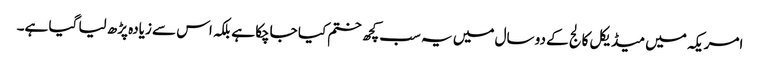
امریکہ میں میڈیکل کالج کے دو سال میں یہ سب کچھ ختم کیا جاچکا ہے بلکہ اس سے زیادہ پڑھ لیا گیا ہے۔